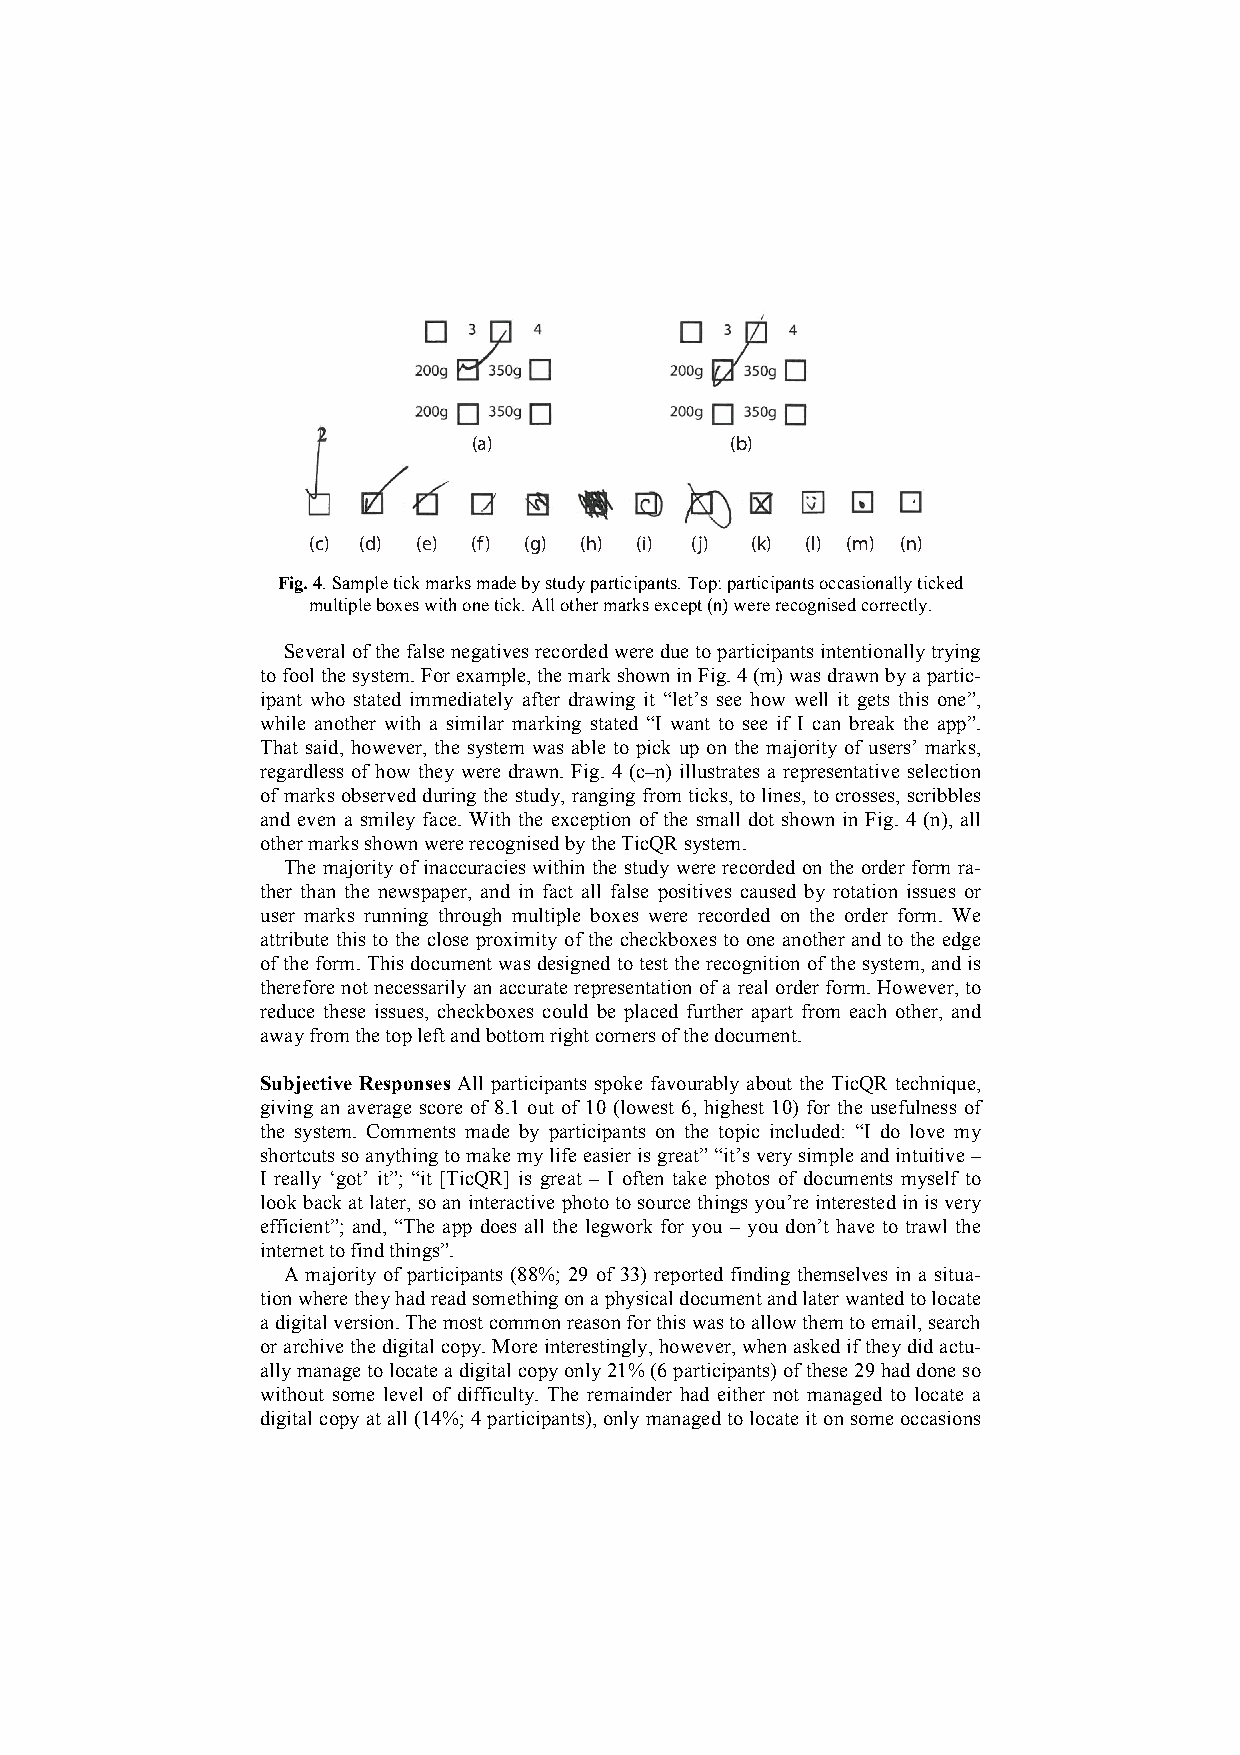
(a)              (b)
 (c) (d) (e) (f) (g) (h) (i) (j) (k) (l) (m) (n)
 Fig. 4. Sample tick marks made by study participants. Top: participants occasionally ticked
 multiple boxes with one tick. All other marks except (n) were recognised correctly.
 Several of the false negatives recorded were due to participants intentionally trying
 to fool the system. For example, the mark shown in Fig. 4 (m) was drawn by a partic-
 ipant who stated immediately after drawing it “let’s see how well it gets this one”,
 while another with a similar marking stated “I want to see if I can break the app”.
 That said, however, the system was able to pick up on the majority of users’ marks,
 regardless of how they were drawn. Fig. 4 (c–n) illustrates a representative selection
 of marks observed during the study, ranging from ticks, to lines, to crosses, scribbles
 and even a smiley face. With the exception of the small dot shown in Fig. 4 (n), all
 other marks shown were recognised by the TicQR system.
 The majority of inaccuracies within the study were recorded on the order form ra-
 ther than the newspaper, and in fact all false positives caused by rotation issues or
 user marks running through multiple boxes were recorded on the order form. We
 attribute this to the close proximity of the checkboxes to one another and to the edge
 of the form. This document was designed to test the recognition of the system, and is
 therefore not necessarily an accurate representation of a real order form. However, to
 reduce these issues, checkboxes could be placed further apart from each other, and
 away from the top left and bottom right corners of the document.
 Subjective Responses All participants spoke favourably about the TicQR technique,
 giving an average score of 8.1 out of 10 (lowest 6, highest 10) for the usefulness of
 the system. Comments made by participants on the topic included: “I do love my
 shortcuts so anything to make my life easier is great” “it’s very simple and intuitive –
 I really ‘got’ it”; “it [TicQR] is great – I often take photos of documents myself to
 look back at later, so an interactive photo to source things you’re interested in is very
 efficient”; and, “The app does all the legwork for you – you don’t have to trawl the
 internet to find things”.
 A majority of participants (88%; 29 of 33) reported finding themselves in a situa-
 tion where they had read something on a physical document and later wanted to locate
 a digital version. The most common reason for this was to allow them to email, search
 or archive the digital copy. More interestingly, however, when asked if they did actu-
 ally manage to locate a digital copy only 21% (6 participants) of these 29 had done so
 without some level of difficulty. The remainder had either not managed to locate a
 digital copy at all (14%; 4 participants), only managed to locate it on some occasions